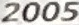
2005